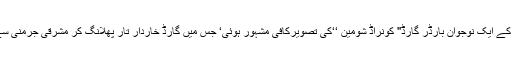
مغربی میڈیاکے توسط سے مشرقی جرمنی کے ایک نوجوان بارڈر گارڈ'' کونراڈ شومین ‘‘کی تصویرکافی مشہور ہوئی‘ جس میں گارڈ خاردار تار پھلانگ کر مشرقی جرمنی سے مغربی جرمنی بھاگتے ہوئے دکھایا گیا ۔